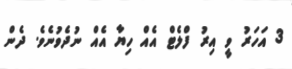
3 އަހަރު ވީ އިރު ފްލެޓް އެއް ހިޔާ އެއް ނުދެވުނެވެ. ދެން